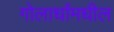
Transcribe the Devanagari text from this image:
गोलार्धांमधील